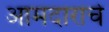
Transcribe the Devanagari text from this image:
आमदारांचे